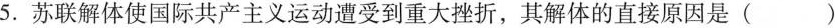
5.苏联解体使国际共产主义运动遭受到重大挫折，其解体的直接原因是()